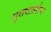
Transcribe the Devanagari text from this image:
पुराणांतरींचा